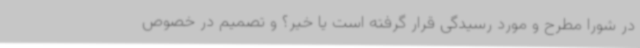
در شورا مطرح و مورد رسیدگی قرار گرفته است یا خیر؟ و تصمیم در خصوص